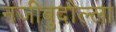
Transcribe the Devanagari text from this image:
नजीबुदौल्ला